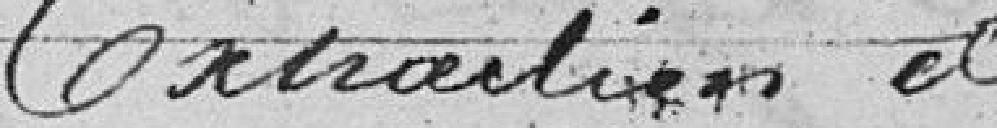
Extraction de